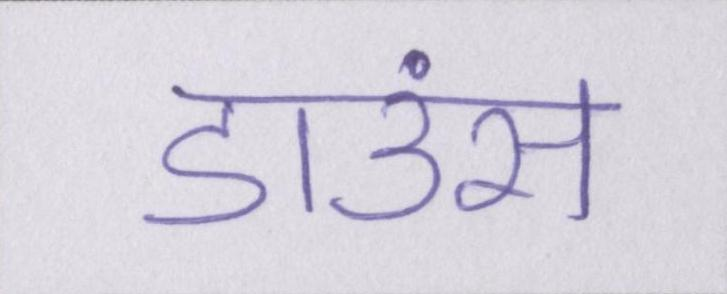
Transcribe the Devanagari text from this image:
डाउंस